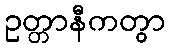
ဥတ္တာနီကတွာ